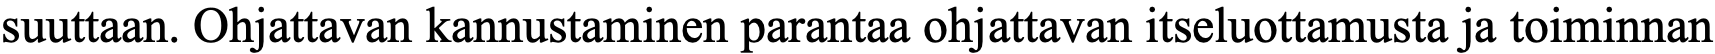
suuttaan. Ohjattavan kannustaminen parantaa ohjattavan itseluottamusta ja toiminnan